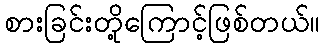
စားခြင်းတို့ကြောင့်ဖြစ်တယ်။